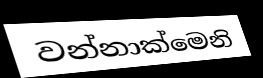
වන්නාක්මෙනි